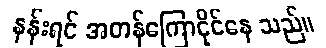
နန်းရင် အတန်ကြောငိုင်နေ သည်။